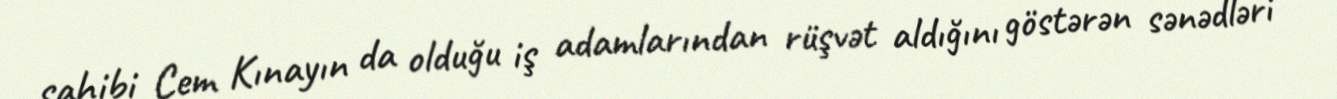
sahibi Cem Kınayın da olduğu iş adamlarından rüşvət aldığını göstərən sənədləri